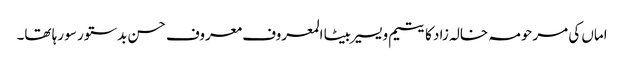
اماں کی مرحومہ خالہ زاد کا یتیم و یسیر بیٹا المعروف معروف حسن بدستور سو رہا تھا۔